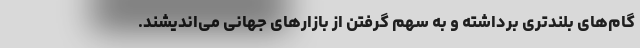
گام‌های بلندتری برداشته و به سهم گرفتن از بازارهای جهانی می‌اندیشند.